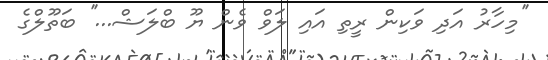
''މިހާރު އަދި ވަކިން ރީތި އައި ލަވް ވެން ޔޫ ބްލަޝް...'' ބަތޫލްގެ